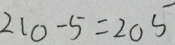
2 1 0 - 5 = 2 0 5